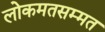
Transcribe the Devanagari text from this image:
लोकमतसम्मत